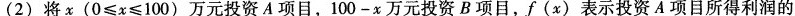
(2)将x($$0 ≤ x ≤ 1 0 0 )$$万元投资A项目，$$100 - x$$万元投资B项目，f(x)表示投资A项目所得利润的